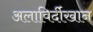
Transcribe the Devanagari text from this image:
अलाविर्दीखान